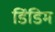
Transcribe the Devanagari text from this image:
डिंडिम